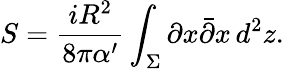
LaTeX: S=\frac{iR^{2}}{8\pi\alpha^{\prime}}\int_{\Sigma}\partial x\bar{\partial}x\, d^{2}z.